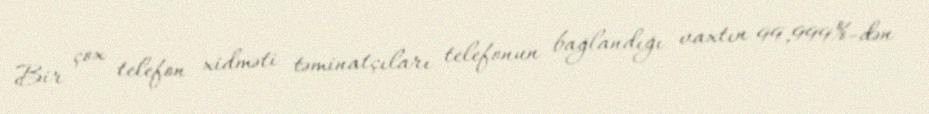
Bir çox telefon xidməti təminatçıları telefonun bağlandığı vaxtın 99,999%-dən